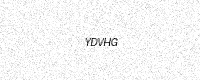
Text: YDVHG